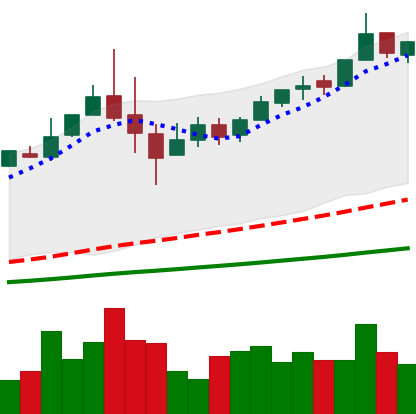
Ticker: BTC-USD
Chart end date: 2017-06-08
Forward return: -3.158%
Label: down_3_5